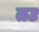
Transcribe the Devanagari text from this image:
तउ